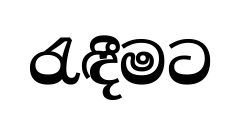
රැඳීමට